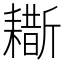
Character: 䎰